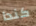
كندا